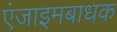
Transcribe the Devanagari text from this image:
एंजाइमबाधक